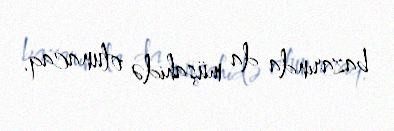
bazarında da müşahidə olunacaq.